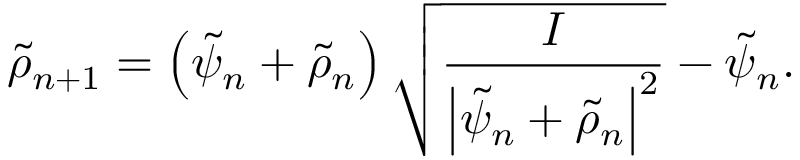
\tilde { \rho } _ { n + 1 } = \left( \tilde { \psi } _ { n } + \tilde { \rho } _ { n } \right) \sqrt { \frac { I } { \left| \tilde { \psi } _ { n } + \tilde { \rho } _ { n } \right| ^ { 2 } } } - \tilde { \psi } _ { n } .